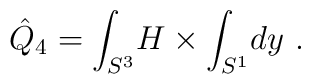
\hat Q_4 = \int_{S^3}\! H \times \int_{S^1}\! dy\ .